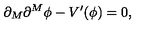
\partial _ { M } \partial ^ { M } \phi - V ^ { \prime } ( \phi ) = 0 ,